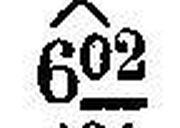
X 602